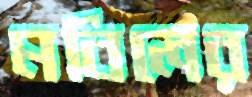
মবিলের